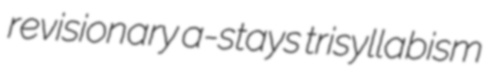
revisionary a-stays trisyllabism